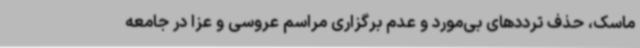
ماسک، حذف ترددهای بی‌مورد و عدم برگزاری مراسم عروسی و عزا در جامعه